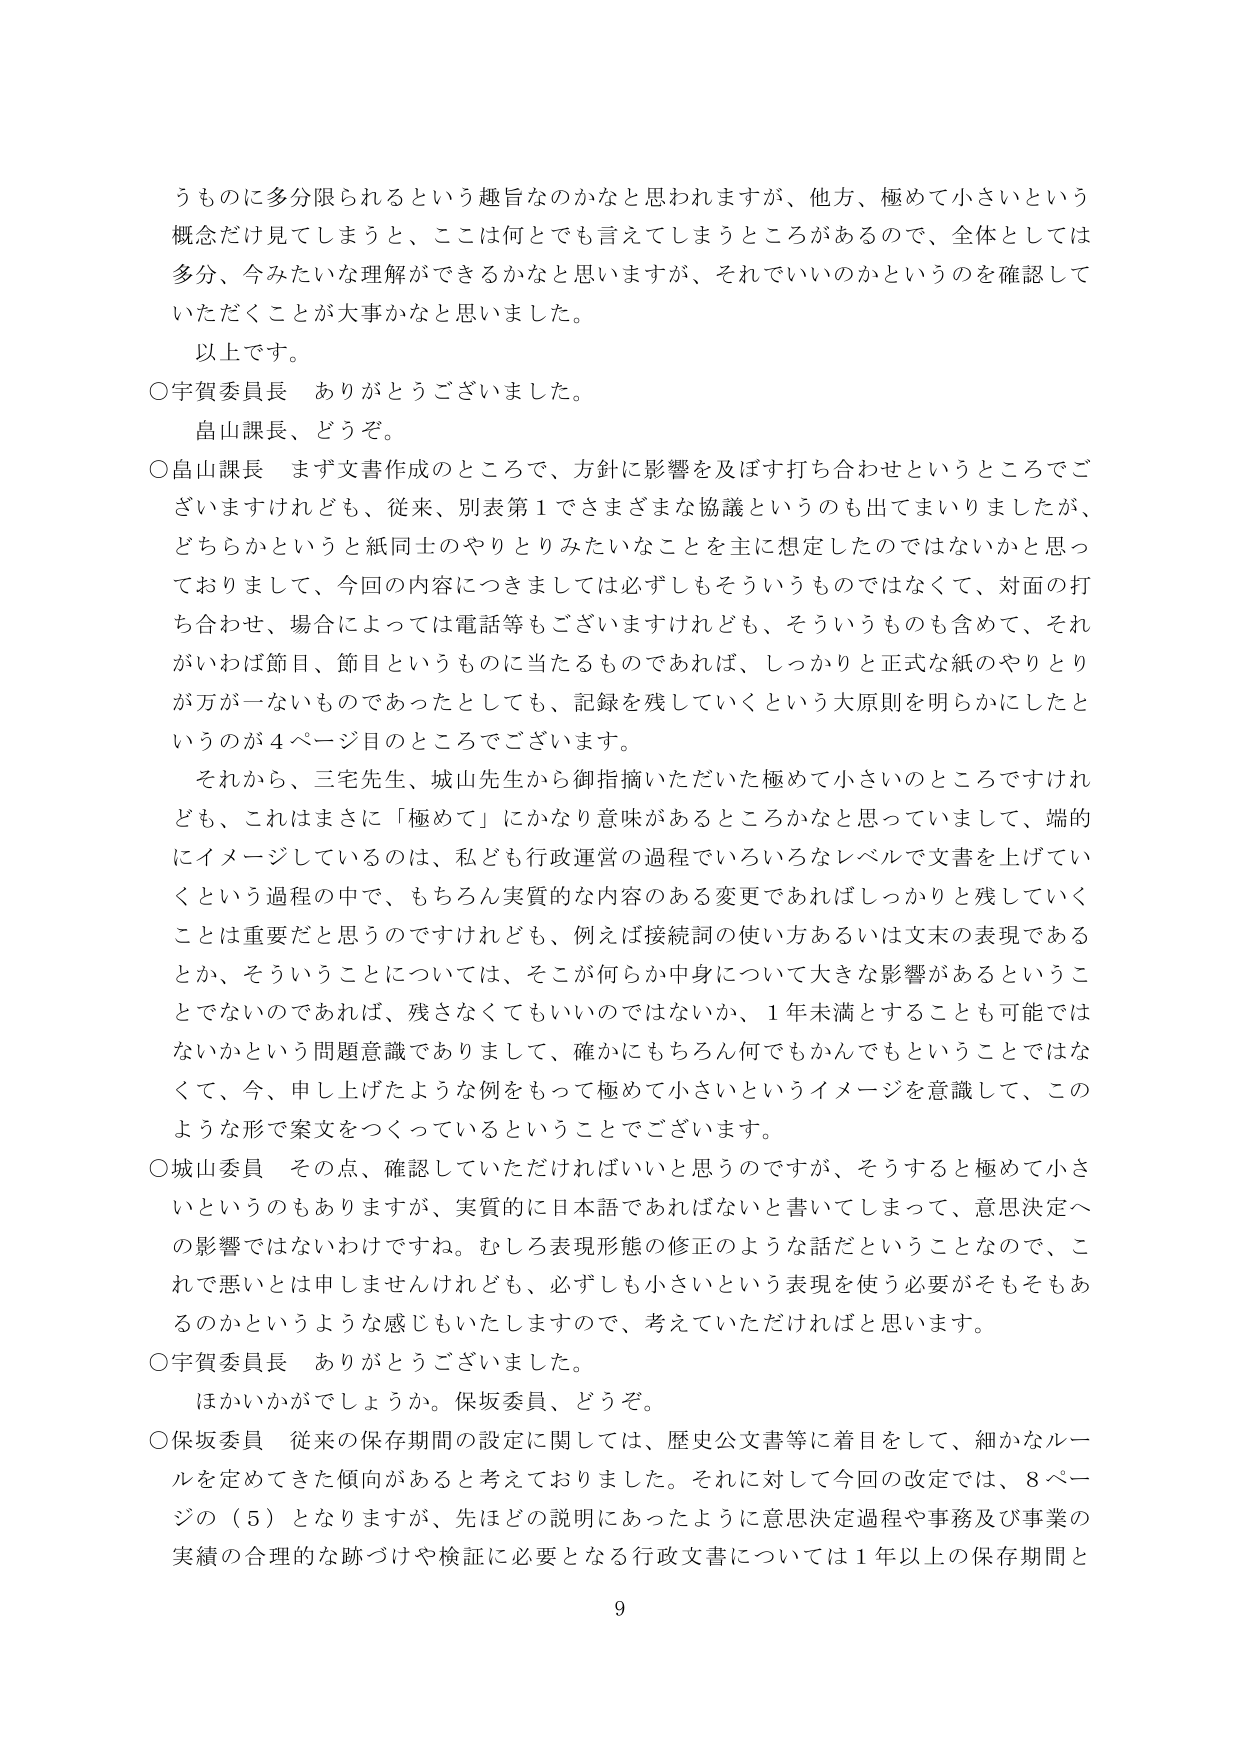
うものに多分限られるという趣旨なのかなと思われますが、他方、極めて小さいという概念だけ見てしまうと、ここは何とでも言えてしまうところがあるので、全体としては多分、今みたいな理解ができるかなと思いますが、それでいいのかというのを確認していただくことが大事かなと思いました。

以上です。

○宇賀委員長　ありがとうございました。

　畠山課長、どうぞ。

○畠山課長　まず文書作成のところで、方針に影響を及ぼす打ち合わせというところでございますけれども、従来、別表第１でさまざまな協議というのも出てまいりましたが、どちらかというと紙同士のやりとりみたいなことを主に想定したのではないかなと思っておりまして、今回の内容につきましては必ずしもそういうものではなくて、対面の打ち合わせ、場合によっては電話等もございますけれども、そういうものも含めて、それがいわば節目、節目というものに当たるものであれば、しっかりと正式な紙のやりとりが万が一ないものであったとしても、記録を残していくという大原則を明らかにしたというのが４ページ目のところでございます。

　それから、三宅先生、城山先生から御指摘いただいた極めて小さいのところですけれども、これはまさに「極めて」にかなり意味があるところかなと思っていまして、端的にイメージしているのは、私ども行政運営の過程でいろいろなレベルで文書を上げていくという過程の中で、もちろん実質的な内容のある変更であればしっかりと残していくことは重要だと思うのですけれども、例えば接続詞の使い方あるいは文末の表現であるとか、そういうことについては、そこが何らか中身について大きな影響があるということでないであれば、残さなくてもいいのではないか、１年未満とすることも可能ではないかという問題意識でありまして、確かにもちろん何でもかんでもということではなくて、今、申し上げたような例をもって極めて小さいというイメージを意識して、このような形で案文をつくっているということでございます。

○城山委員　その点、確認していただければいいと思うのですが、そうすると極めて小さいというのもありますが、実質的に日本語であればないと書いてしまって、意思決定への影響ではないわけですね。むしろ表現形態の修正のような話だということなので、これで悪いとは申しませんけれども、必ずしも小さいという表現を使う必要がそもそもあるのかというような感じもいたしますので、考えていただければと思います。

○宇賀委員長　ありがとうございました。

　ほかいかがでしょうか。保坂委員、どうぞ。

○保坂委員　従来の保存期間の設定に関しては、歴史公文書等に着目をして、細かなルールを定めてきた傾向があると考えておりました。それに対して今回の改定では、８ページの（５）となりますますが、先ほどの説明にあったように意思決定過程や事務及び事業の実績の合理的な跡づけや検証に必要となる行政文書については１年以上の保存期間と

9